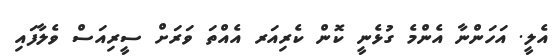
އެލީ. އަހަންނާ އެންމެ ގުޅެނީ ކޮން ކެރިއަރ އެއްތަ ވަރަށް ސީރިއަސް ވެލާފައި